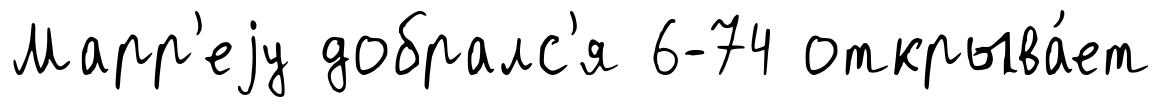
Марр'еjу добралс'я 6-74 открыва́ет